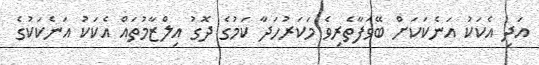
އަދި އެކަކު އަނެކަކަށް ބޭވަފާތެރިވެ މަކަރުހަދާ ކަމުގެ ދޮގު އިލްޒާމުތައް އެކަކު އަނެކަކުގެ